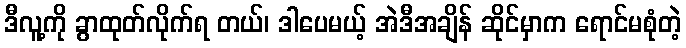
ဒီလူ့ကို ခွာထုတ်လိုက်ရ တယ်၊ ဒါပေမယ့် အဲဒီအချိန် ဆိုင်မှာက ရောင်မစုံတဲ့